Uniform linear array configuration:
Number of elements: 8
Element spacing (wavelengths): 0.75
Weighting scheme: kaiser
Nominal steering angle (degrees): -45
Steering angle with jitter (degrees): -45.778
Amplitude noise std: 0.05
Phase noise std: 0.05

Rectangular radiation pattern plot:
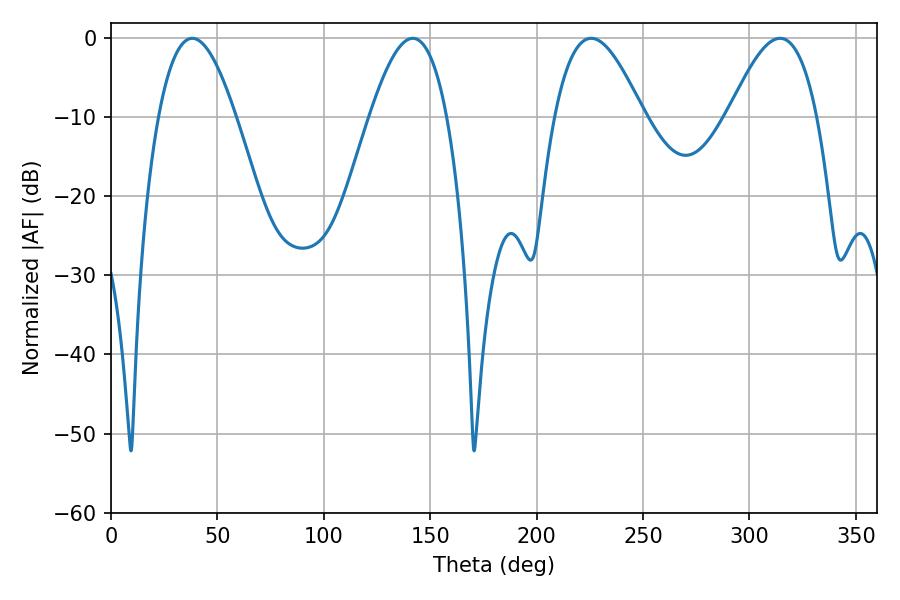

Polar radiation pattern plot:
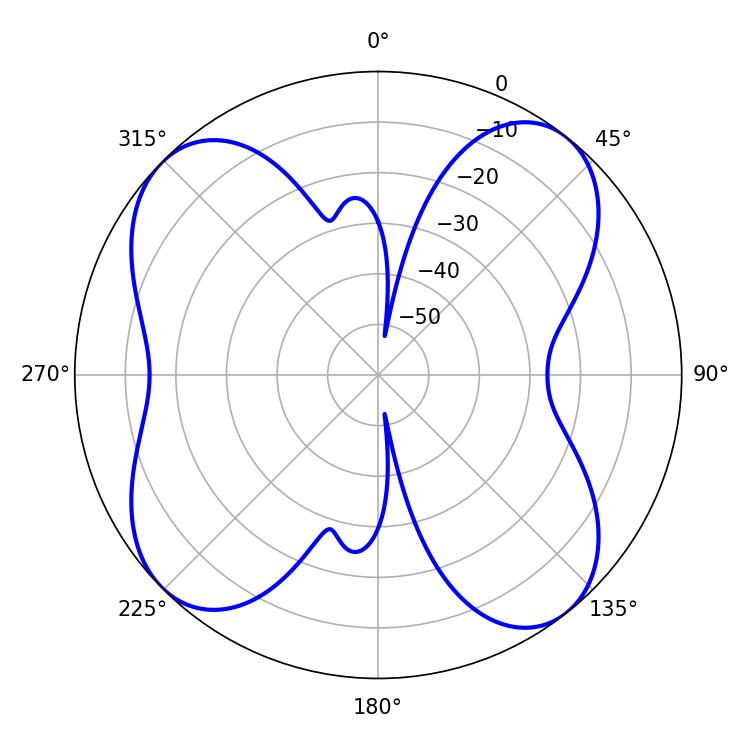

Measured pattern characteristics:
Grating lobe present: TRUE
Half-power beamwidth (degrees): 19.8
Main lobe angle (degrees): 38.16